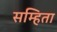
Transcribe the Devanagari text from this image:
सम्हिता